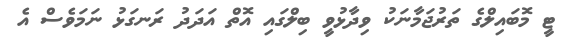
ޓީ މޮބައިލްގެ ތަރުޖަމާނަކު ވިދާޅުވީ ބިލްގައި އޮތް އަދަދު ރަނގަޅު ނަމަވެސް އެ